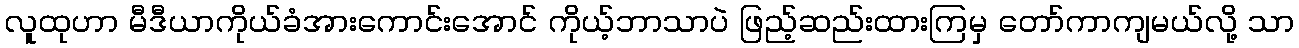
လူထုဟာ မီဒီယာကိုယ်ခံအားကောင်းအောင် ကိုယ့်ဘာသာပဲ ဖြည့်ဆည်းထားကြမှ တော်ကာကျမယ်လို့ သာ